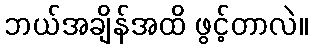
ဘယ်အချိန်အထိ ဖွင့်တာလဲ။